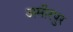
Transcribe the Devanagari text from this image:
अमीरपुर